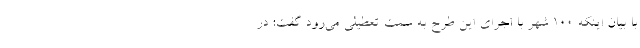
با بیان اینکه ۱۰۰ شهر با اجرای این طرح به سمت تعطیلی می‌رود گفت: در